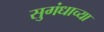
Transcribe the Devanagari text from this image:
सुगंधाच्या